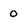
Character: 0